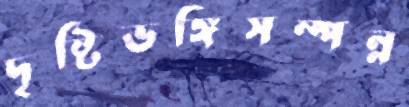
দৃষ্টিভঙ্গিসম্পন্ন